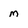
Character: m